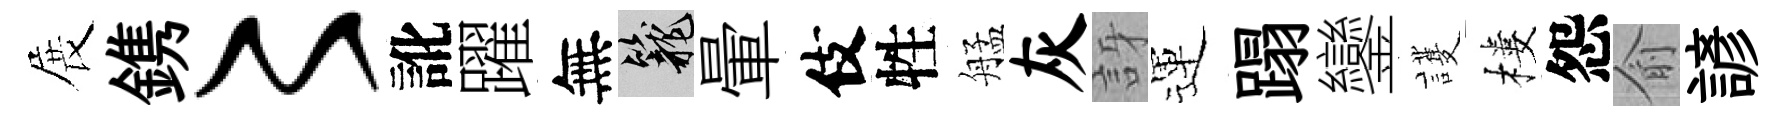
展鎸〻訛躍無籠暈伎牲艋灰訝運蹋鑾護樓怨俞諺